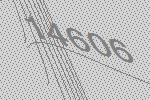
14606